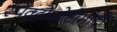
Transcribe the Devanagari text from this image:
स्पेक्ट्रोफोटोमीट्री